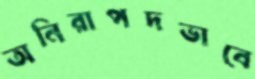
অনিরাপদভাবে